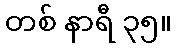
တစ် နာရီ ၃၅။